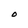
Character: O